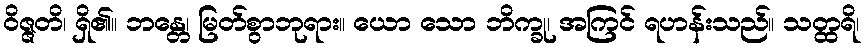
ဝိဇ္ဇတိ၊ ရှိ၏။ ဘန္တေ၊ မြတ်စွာဘုရား။ ယော သော ဘိက္ခု၊ အကြင် ရဟန်းသည်။ သတ္ထရိ၊